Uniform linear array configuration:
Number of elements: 24
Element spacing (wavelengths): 0.25
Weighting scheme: exponential
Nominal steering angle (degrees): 15
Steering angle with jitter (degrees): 14.476
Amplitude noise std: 0.05
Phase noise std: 0.05

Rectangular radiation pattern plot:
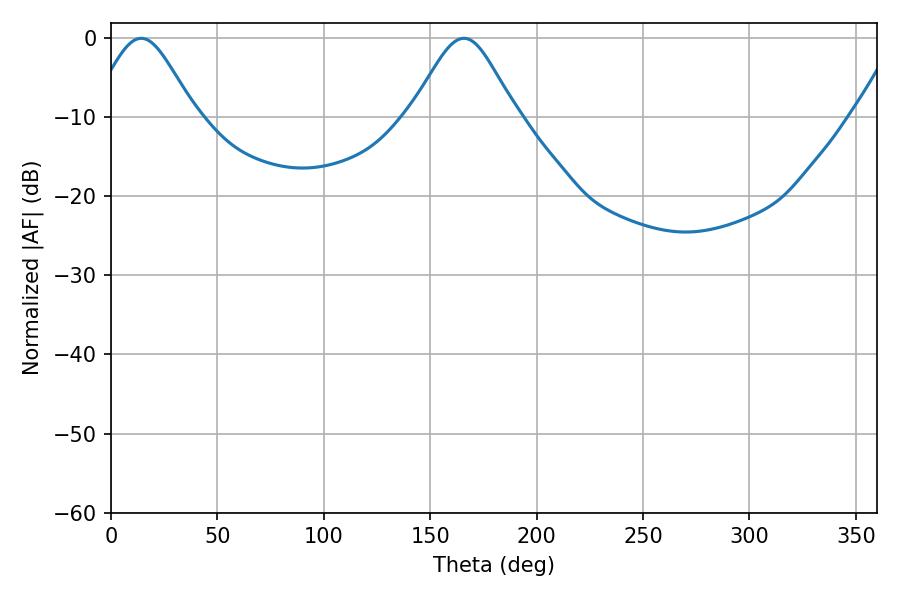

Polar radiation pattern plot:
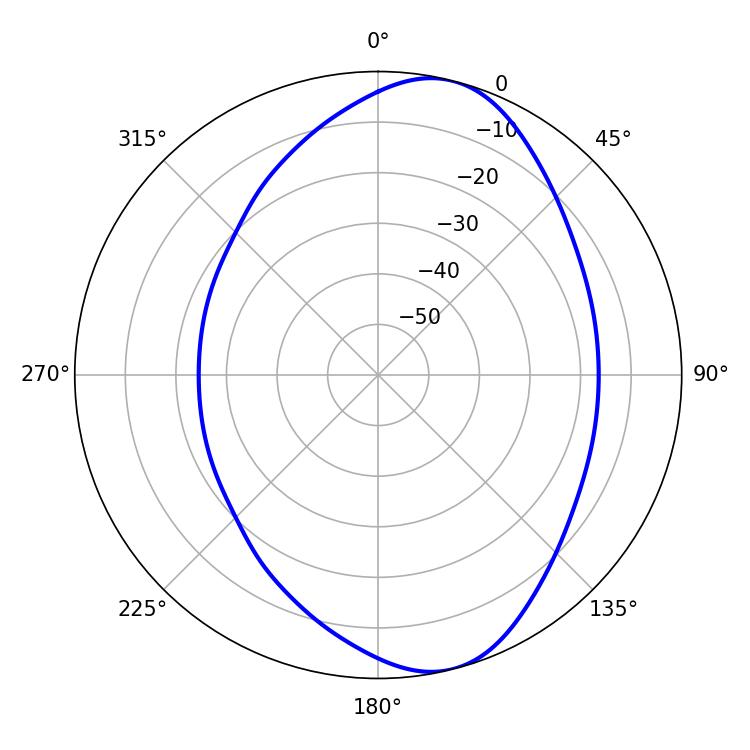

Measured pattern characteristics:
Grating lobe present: FALSE
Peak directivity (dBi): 8.699
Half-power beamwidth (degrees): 24.3
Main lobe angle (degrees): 14.22